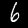
Label: 6